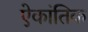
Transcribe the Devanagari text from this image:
ऐकांतिक